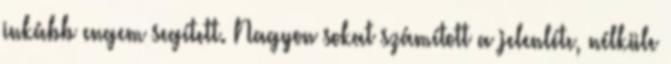
inkább engem segített. Nagyon sokat számított a jelenléte, nélküle